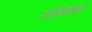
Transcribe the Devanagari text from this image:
स्नेहीसोबती